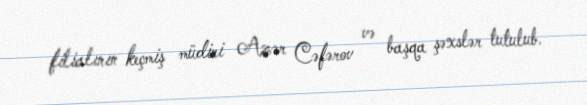
filialının keçmiş müdiri Azər Cəfərov və başqa şəxslər tutulub.